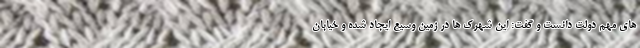
های مهم دولت دانست و گفت: این شهرک ها در زمین وسیع ایجاد شده و خیابان